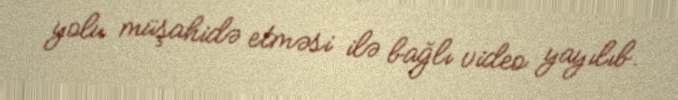
yolu müşahidə etməsi ilə bağlı video yayılıb.